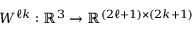
{ W } ^ { \ell k } : \mathbb { R } ^ { 3 } \rightarrow \mathbb { R } ^ { ( 2 \ell + 1 ) \times ( 2 k + 1 ) }